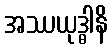
အဿယုဒ္ဓါနိ